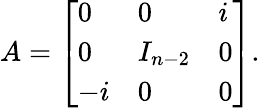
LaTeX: A={\left[\begin{array}{lll}{0}&{0}&{i}\\ {0}&{I_{n-2}}&{0}\\ {-i}&{0}&{0}\end{array}\right]}.